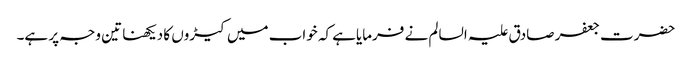
حضرت جعفر صادق علیہ السالم نے فرمایاہے کہ خواب میں کیڑوں کا دیکھنا تین وجہ پر ہے۔